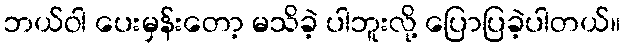
ဘယ်ဝါ ပေးမှန်းတော့ မသိခဲ့ ပါဘူးလို့ ပြောပြခဲ့ပါတယ်။